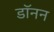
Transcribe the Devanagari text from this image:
डॉनन